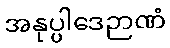
အနုပ္ပါဒေဉာဏံ